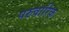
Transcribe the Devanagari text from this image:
परुवारिक